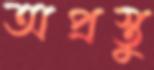
অপ্রস্তু